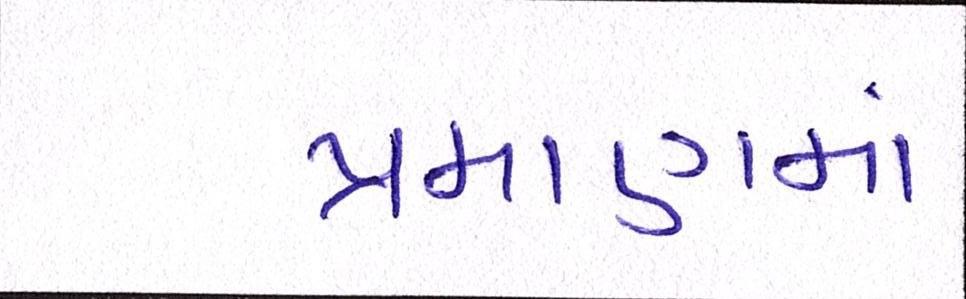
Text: પ્રમાણમાં